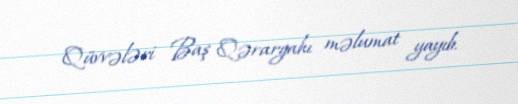
Qüvvələri Baş Qərargahı məlumat yayıb.